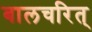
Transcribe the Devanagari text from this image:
बालचरित्‌